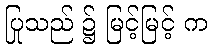
ပြုသည် ၌ မြင့်မြင့် က